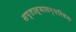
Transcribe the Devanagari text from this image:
सप्तास्यासन्परिधयः